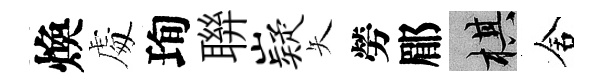
煥䖏珣聨嶷矢勞郿棋舍